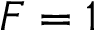
F = 1